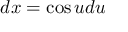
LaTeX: d x = \cos u d u